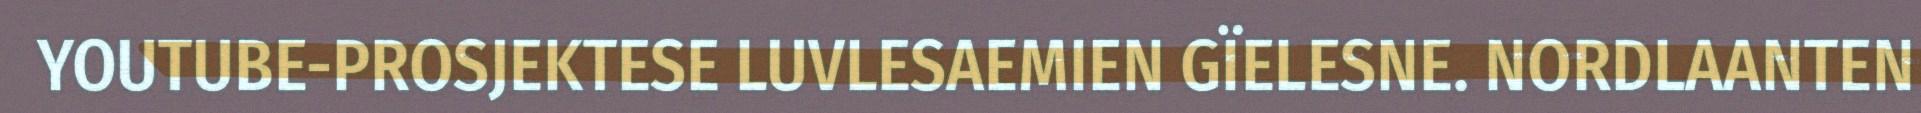
YOUTUBE-PROSJEKTESE LUVLESAEMIEN GÏELESNE. NORDLAANTEN